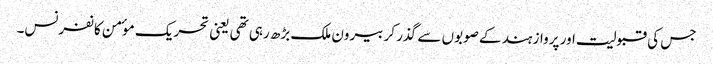
جس کی قبولیت اور پرواز ہند کے صوبوں سے گذر کر بیرون ملک بڑھ رہی تھی یعنی تحریک موٴمن کانفرنس۔